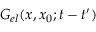
G _ { e l } ( x , x _ { 0 } ; t - t ^ { \prime } )